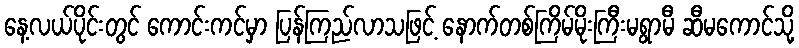
နေ့လယ်ပိုင်းတွင် ကောင်းကင်မှာ ပြန်ကြည်လာသဖြင့် နောက်တစ်ကြိမ်မိုးကြီးမရွာမီ ဆီမကောင်သို့